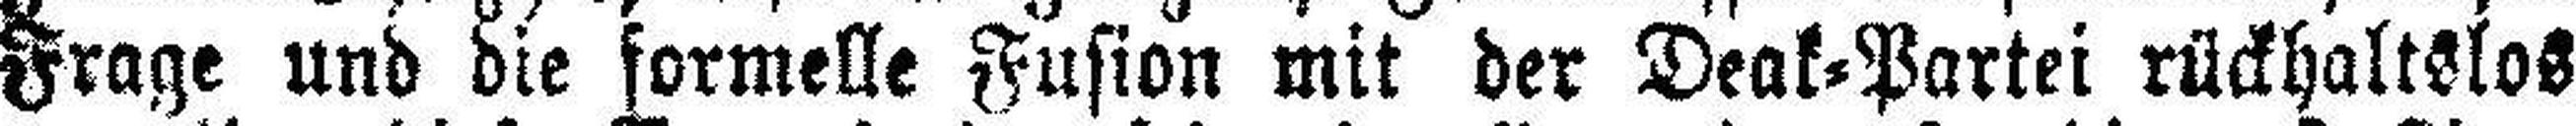
Frage und die formelle Fusion mit der Deak=Partei rückhaltslos